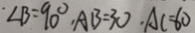
\angle B = 9 0 ^ { \circ } , A B = 3 0 \cdot A C = 6 0